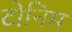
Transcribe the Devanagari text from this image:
टोनिम